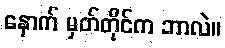
နောက် မှတ်တိုင်က ဘာလဲ။